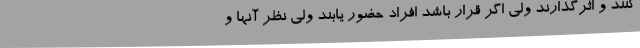
کنند و اثرگذارند ولی اگر قرار باشد افراد حضور یابند ولی نظر آنها و